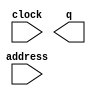
module HW_SW (
	address,
	clock,
	q);

	input	[7:0]  address;
	input	  clock;
	output	[127:0]  q;

endmodule